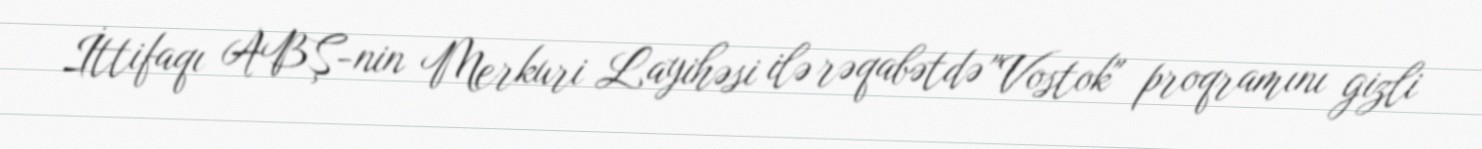
İttifaqı ABŞ-nin Merkuri Layihəsi ilə rəqabətdə "Vostok" proqramını gizli